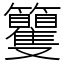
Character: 籰